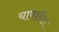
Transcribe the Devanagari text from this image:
चापशीत